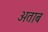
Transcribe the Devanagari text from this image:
अताब